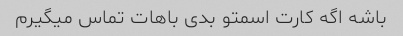
باشه اگه کارت اسمتو بدی باهات تماس میگیرم